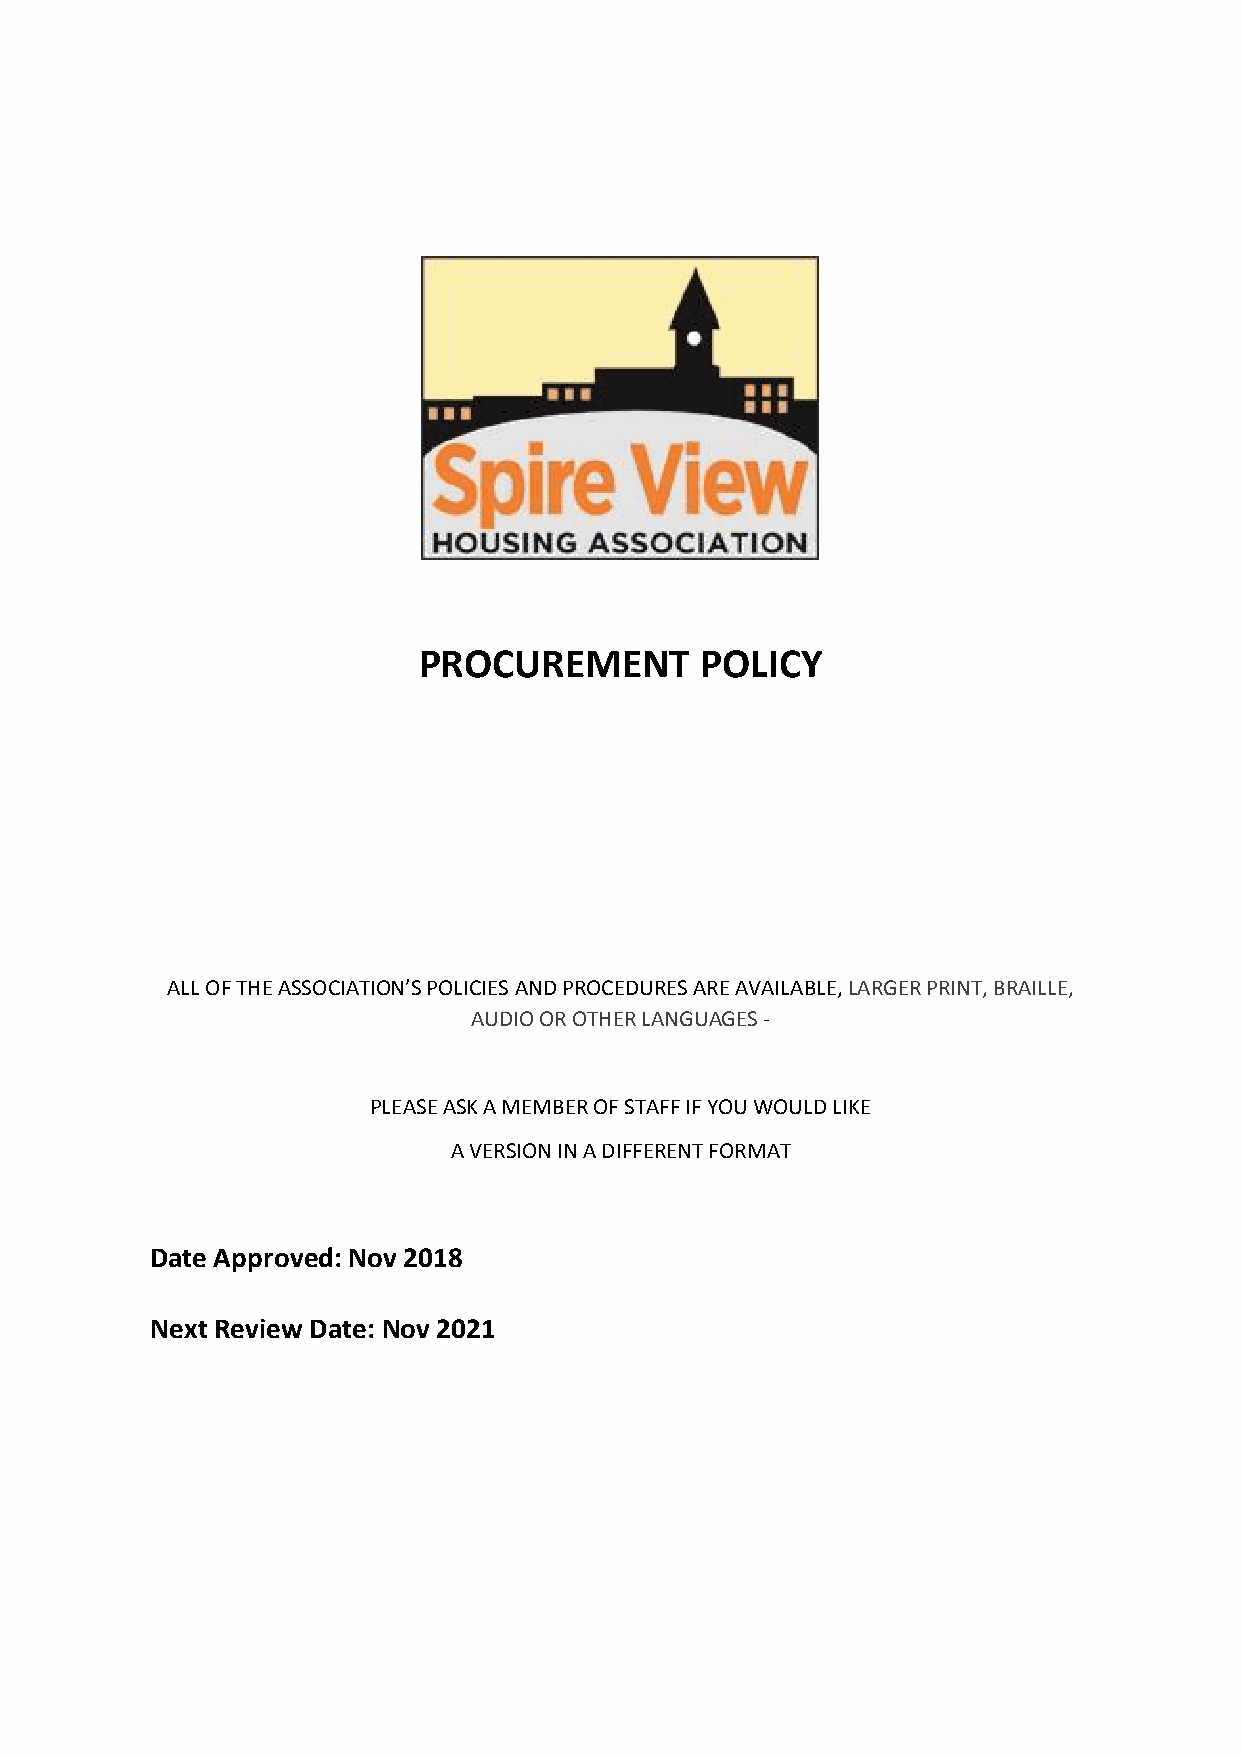
PROCUREMENT       POLICY
 ALL OF THE ASSOCIATION’S POLICIES AND PROCEDURES ARE AVAILABLE, LARGER PRINT, BRAILLE,
 AUDIO OR OTHER LANGUAGES -
 PLEASE ASK A MEMBER OF STAFF IF YOU WOULD LIKE
 A VERSION IN A DIFFERENT FORMAT
 Date Approved: Nov 2018
 Next Review Date: Nov 2021